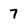
Character: 7